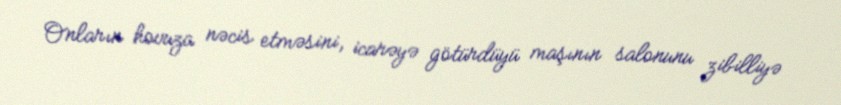
Onların hovuza nəcis etməsini, icarəyə götürdüyü maşının salonunu zibilliyə